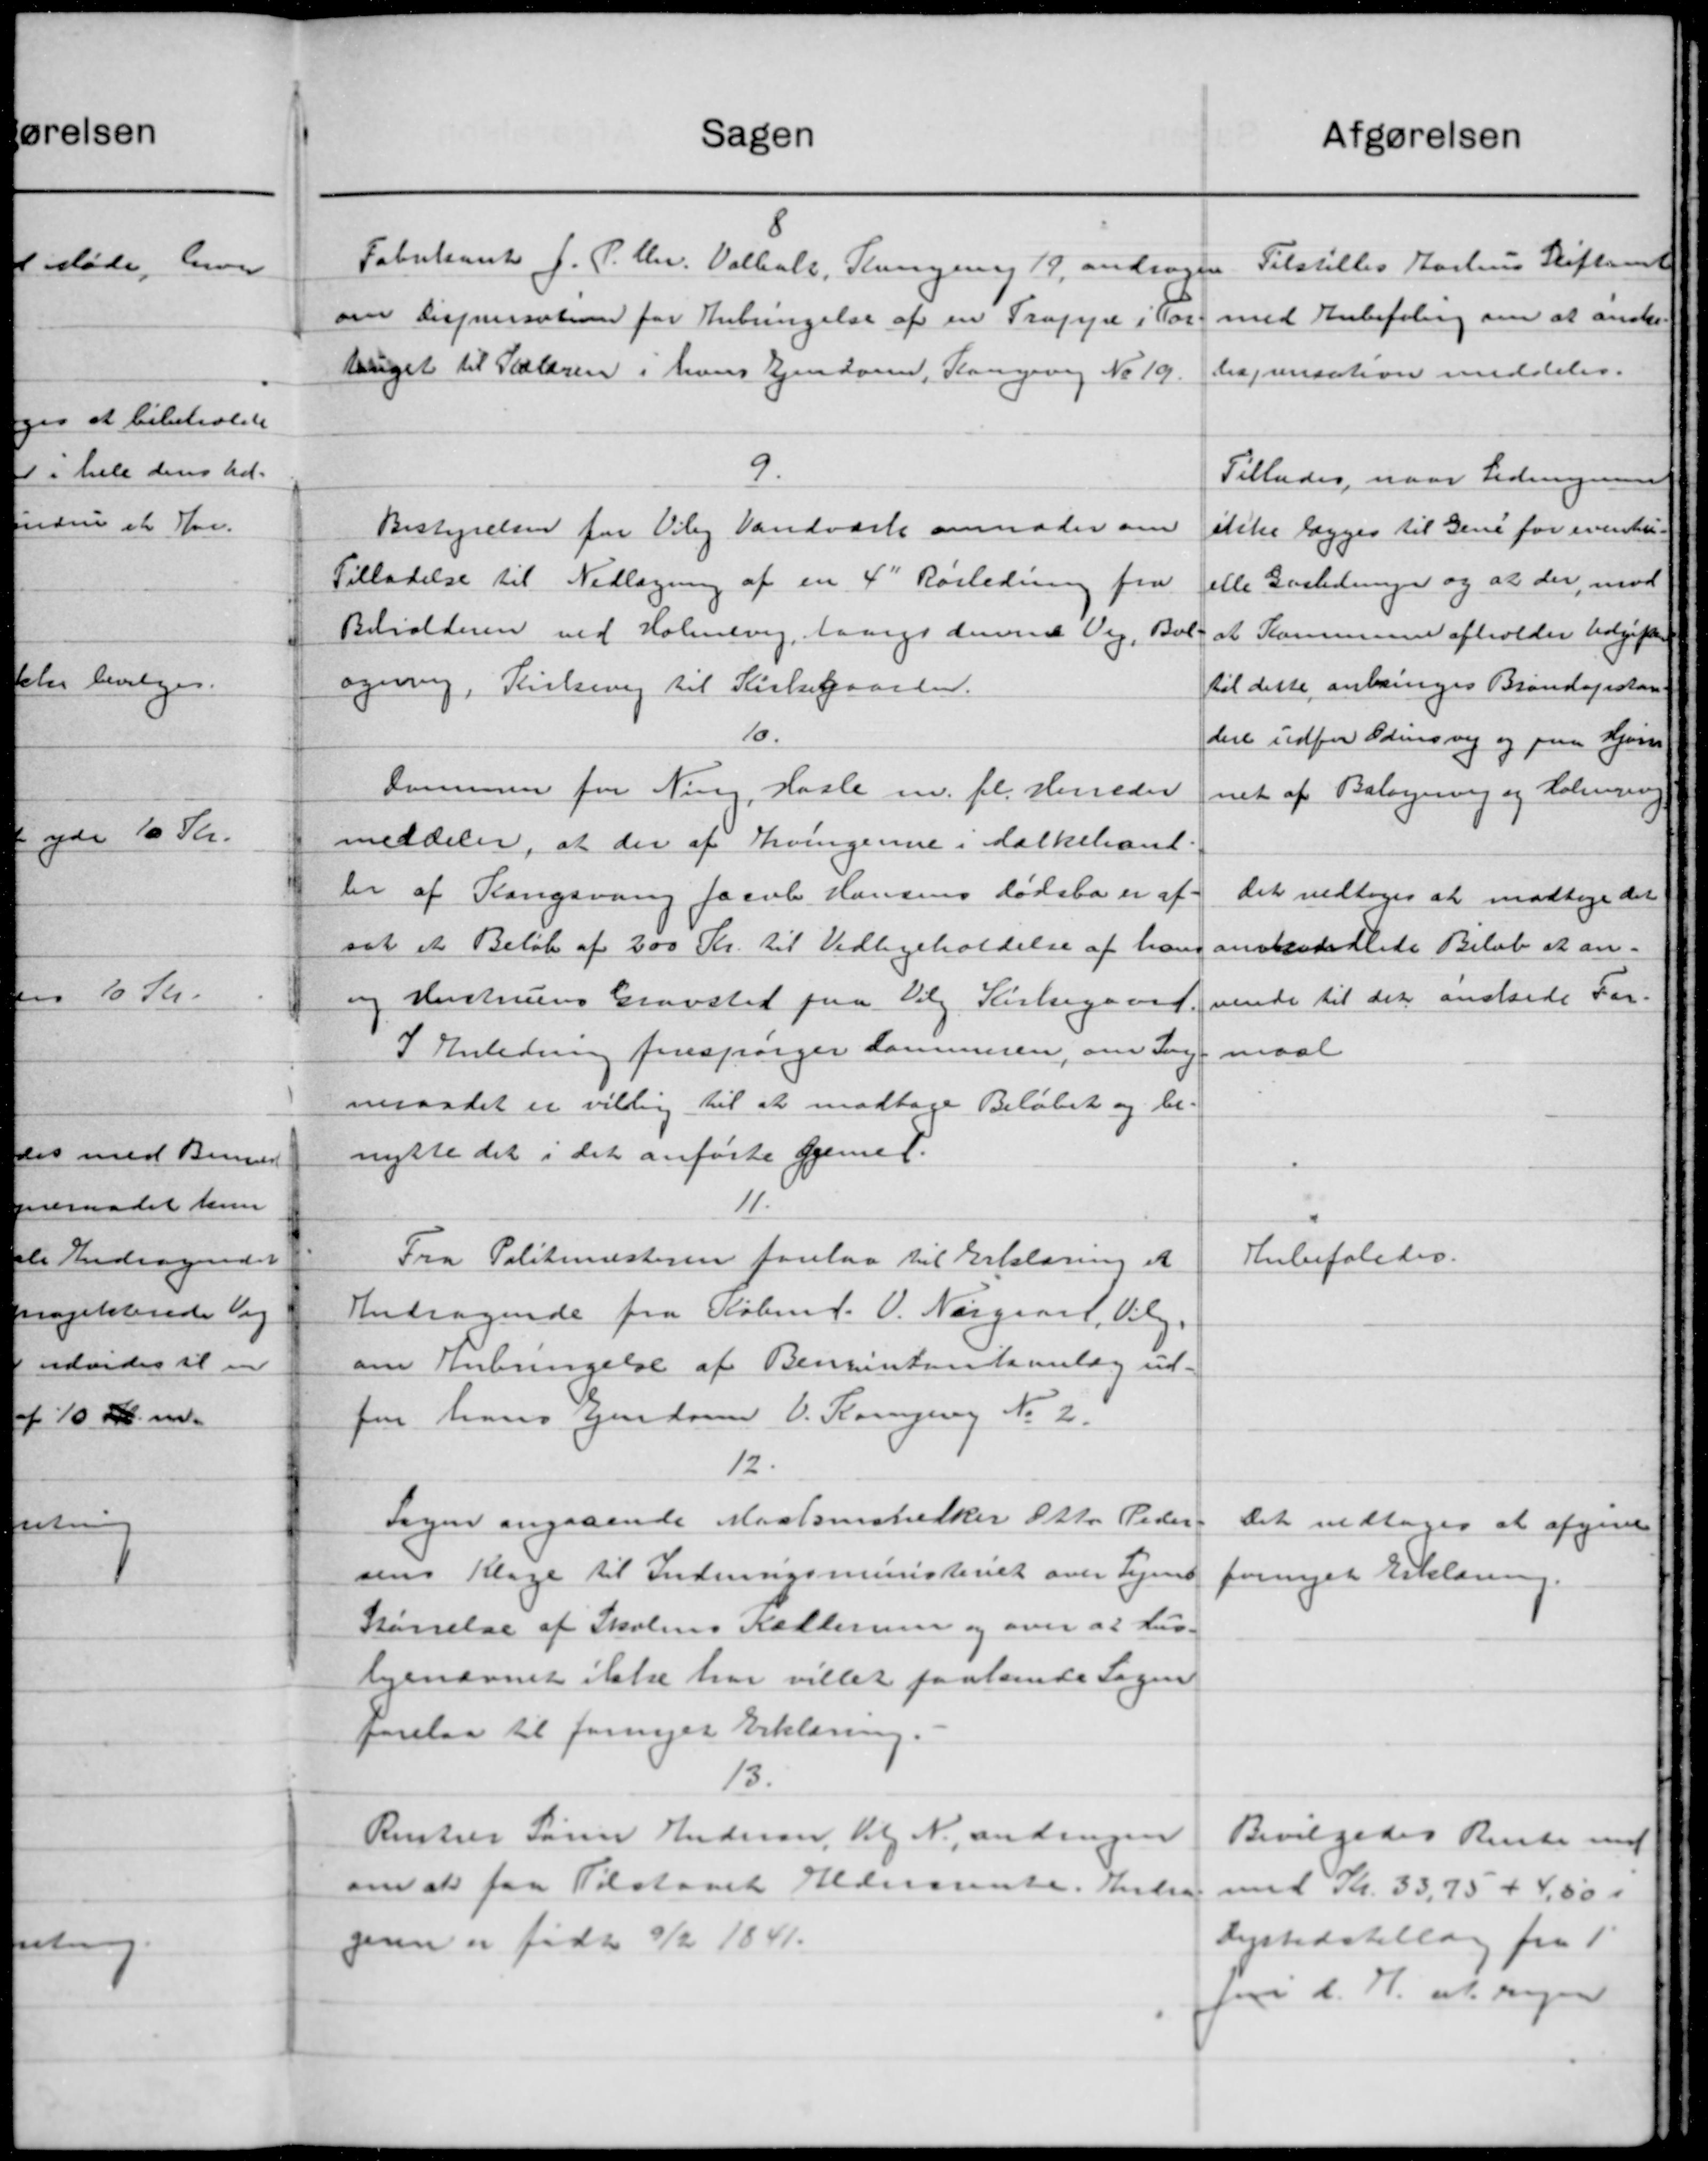
Transskription:
Sagen
Fabrikant J. P. Chr. Valbolt, Kongerig 19, andrager
om Dispensation for Anbringelse af en Frafyre i Par
lriget til Skoleren i hvers Ejendom, Kongevej No 19.
9.
Bestyrelsen for Olig Vandværk anmoder om
Tilladelse til Nedlægning af en 4d Rørledning fra
Beholderen ved Holmevej, langs denne Vej, Bol-
ogning, Kirkevej til Kirkegaarden.
10.
Dommen for Ning, Hasle m. fl. Herreder
meddeler, at der af Svingerne i Folkehand
ler af Slangsvang Jacob Hansens dødsbo er af
sat et Beløb af 200 Kr. til Vedligeholdelse af han
og Hustruens Gravsted paa Valg Kirkegaard
I Anledning forespørger Kommeren, om Ing
neraadet er villig til at modtage Beløbet og be-
nytte det i det anførte gjenne P.
11.
Fra Politimesteren forelaa til Erklæring et
Andragende fra Købmd. O. Nørgaard, Vilg
om Anbringelse af Benzintantsanlæg ud-
for hans Ejendoms V. Koming No 2.
12.
Sagen angaaende Martsenstelker Øster Peder
sens Klage til Indenrigsministeriet over Vejens
Størrelse af Skolens Kallerne og over at Hus-
lyenævnet ikke har villet paalande Sagen
forelaa til fornyet Erklæring.
13.
Rintrer Søren Andersen Kl N., andrager
om at faa Tilstaaet Aldersrente. Andra
genne er født 9/2 1841.